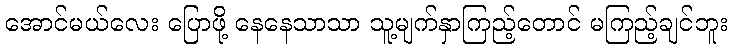
အောင်မယ်လေး ပြောဖို့ နေနေသာသာ သူ့မျက်နှာကြည့်တောင် မကြည့်ချင်ဘူး